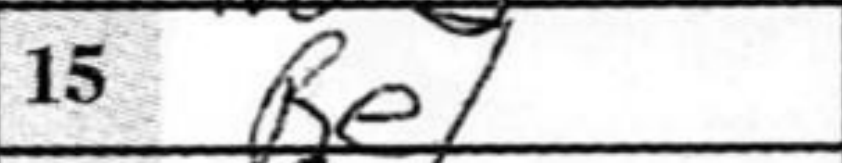
Transcription: Re1